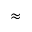
\approx